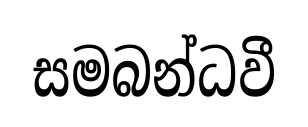
සමබන්ධවී